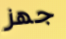
جهز